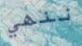
ننهي